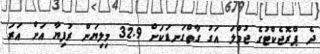
ދެ ޕްރޮޖެކްޓުގެ ޖުމްލަ އަގު ގާތްގަނޑަކަށް 32.9 މިލިޔަން ރުފިޔާ އަށް އަރަ